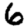
Digit: 6